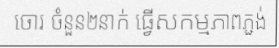
ចោរ ចំនួន២នាក់ ធ្វើសកម្មភាពភ្ជង់